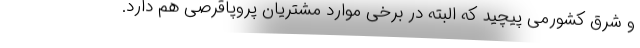
و شرق کشورمی پیچید که البته در برخی موارد مشتریان پروپاقرصی هم دارد.